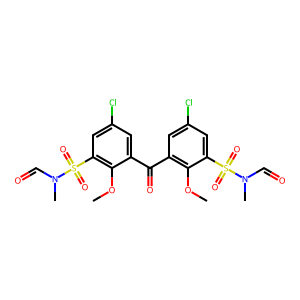
SMILES: COc1c(C(=O)c2cc(Cl)cc(S(=O)(=O)N(C)C=O)c2OC)cc(Cl)cc1S(=O)(=O)N(C)C=O
Inhibits HIV replication: No